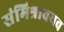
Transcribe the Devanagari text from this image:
संमिश्रावयव